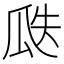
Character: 瓞